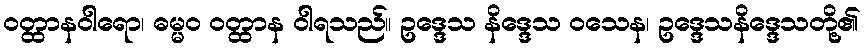
ဝတ္ထာနဝါရော၊ ဓမ္မဝ ဝတ္ထာန ဝါရသည်။ ဥဒ္ဒေသ နိဒ္ဒေသ ဝသေန၊ ဥဒ္ဒေသနိဒ္ဒေသတို့၏